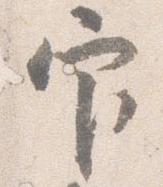
官